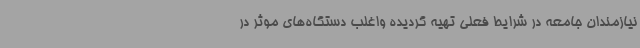
نیازمندان جامعه در شرایط فعلی تهیه گردیده واغلب دستگاه‌های موثر در